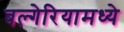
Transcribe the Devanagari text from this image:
बल्गेरियामध्ये